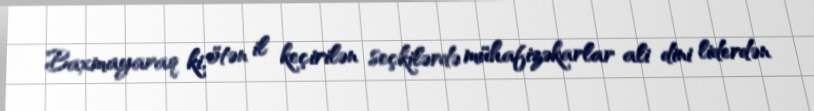
Baxmayaraq ki, ötən il keçirilən seçkilərdə mühafizəkarlar ali dini liderdən